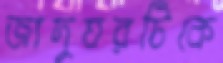
জাদুঘরটিকে